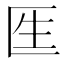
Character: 𠤵